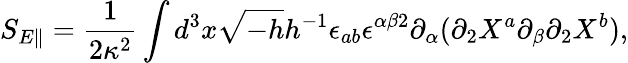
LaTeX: S_{E\parallel}=\frac{1}{2\kappa^{2}}\int d^{3}x\sqrt{-h}h^{-1}\epsilon_{ab}\epsilon^{\alpha\beta 2}\partial_{\alpha}(\partial_{2}X^{a}\partial_{\beta}\partial_{2}X^{b}),